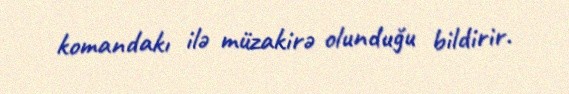
komandakı ilə müzakirə olunduğu bildirir.